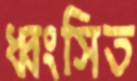
ধ্বংসিত